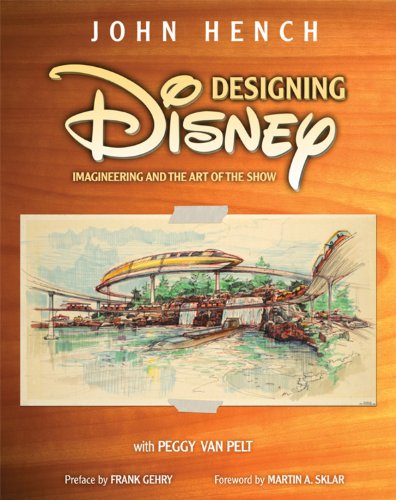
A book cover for Designing Disney (A Walt Disney Imagineering Book); John Hench; Children's Books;